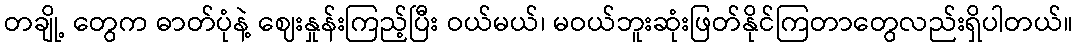
တချို့ တွေက ဓာတ်ပုံနဲ့ ဈေးနှုန်းကြည့်ပြီး ဝယ်မယ်၊ မဝယ်ဘူးဆုံးဖြတ်နိုင်ကြတာတွေလည်းရှိပါတယ်။